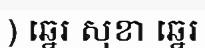
) ឆ្នេរ សុខា ឆ្នេរ